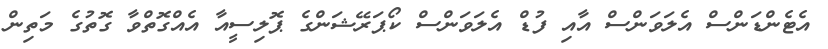
އެޓެންޑަންސް އެލަވަންސް އާއި ފުޑް އެލަވަންސް ކޯޕަރޭޝަންގެ ޕޮލިސީއާ އެއްގޮތްވާ ގޮތުގެ މަތިން